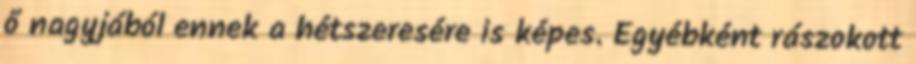
ő nagyjából ennek a hétszeresére is képes. Egyébként rászokott